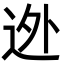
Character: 迯